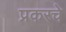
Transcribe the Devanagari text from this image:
प्रकरचे